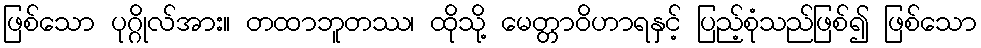
ဖြစ်သော ပုဂ္ဂိုလ်အား။ တထာဘူတဿ၊ ထိုသို့ မေတ္တာဝိဟာရနှင့် ပြည့်စုံသည်ဖြစ်၍ ဖြစ်သော